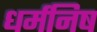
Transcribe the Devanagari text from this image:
धर्मनिष